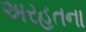
અરહતના